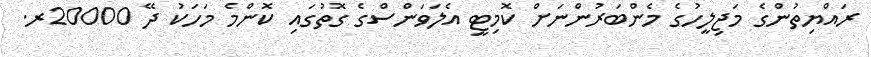
ރައްޔިތުންގެ މަޖިލީހުގެ މެންބަރުންނަށް ކޮމިޓީ އެލަވަންސްގެ ގޮތުގައި ކޮންމެ މަހަކު ދޭ 20000ރ.